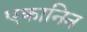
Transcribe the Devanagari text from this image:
एक्रानिन